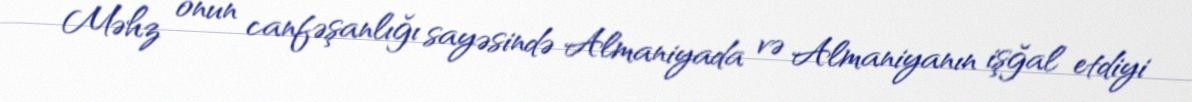
Məhz onun canfəşanlığı sayəsində Almaniyada və Almaniyanın işğal etdiyi